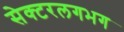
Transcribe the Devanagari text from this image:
सेक्टरलगभग